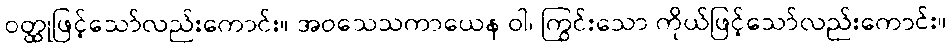
ဝတ္ထုဖြင့်သော်လည်းကောင်း။ အဝသေသကာယေန ဝါ၊ ကြွင်းသော ကိုယ်ဖြင့်သော်လည်းကောင်း။